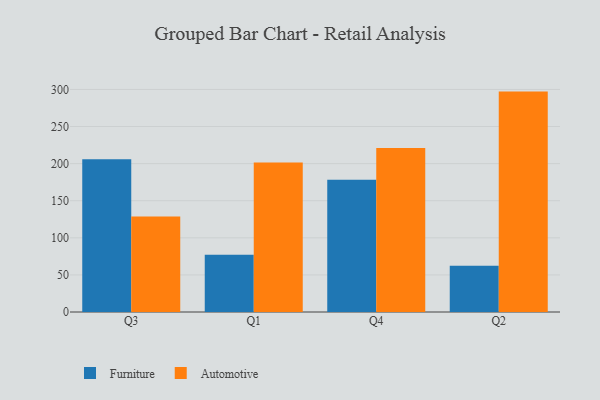
{"axis": {"x": "Quarter", "y": "Customer Acquisition Cost (USD)"}, "legend": ["Automotive", "Furniture"], "data": [{"x": "Q3", "y": 206.0, "type": "Furniture"}, {"x": "Q3", "y": 128.9, "type": "Automotive"}, {"x": "Q1", "y": 77.3, "type": "Furniture"}, {"x": "Q1", "y": 201.4, "type": "Automotive"}, {"x": "Q4", "y": 178.4, "type": "Furniture"}, {"x": "Q4", "y": 221.1, "type": "Automotive"}, {"x": "Q2", "y": 62.5, "type": "Furniture"}, {"x": "Q2", "y": 297.1, "type": "Automotive"}]}